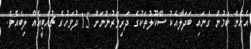
އެހެން ކަމުން ގެނައި ބަދަލާއެކު ސްކޫލުތަކުގެ ދަރިވަރުންނަށް 15 ދުވަހުގެ ޗުއްޓީއެއް ލިބެއެވެ.